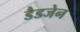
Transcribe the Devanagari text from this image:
डैडजेन